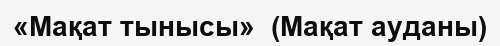
«Мақат тынысы»  (Мақат ауданы)